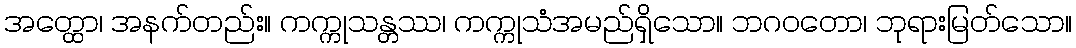
အတ္ထော၊ အနက်တည်း။ ကက္ကုသန္တဿ၊ ကက္ကုသံအမည်ရှိသော။ ဘဂဝတော၊ ဘုရားမြတ်သော။